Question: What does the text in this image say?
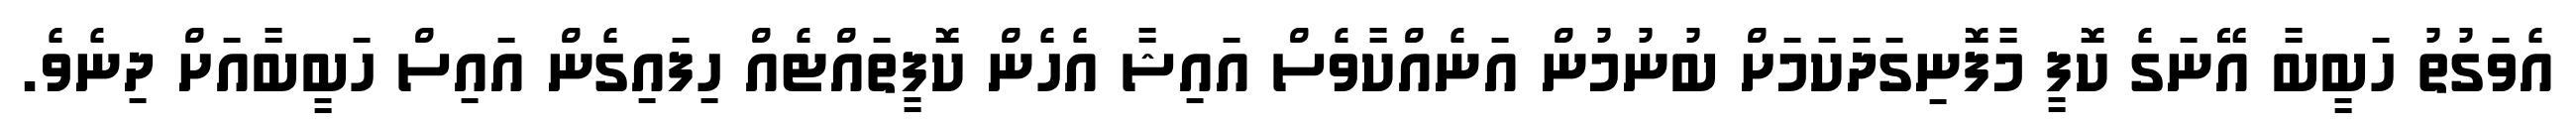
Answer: އެވަގުތު ހަބީބާ އޭނަގެ ކޮފީ މާފޮނިގަދަކަމަށް ބުނުމުން އަނެއްކާވެސް އައިޝާ އެހެން ކޮފީތައްޓެއް ހިފައިގެން އައިސް ހަބީބާއަށް ދިނެވެ.